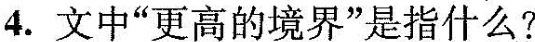
4.文中“更高的境界”是指什么？